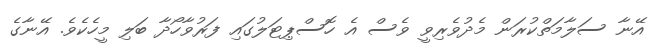
އޭނާ ސަލާމަތްކުރަން މެދުވެރިވީ ވެސް އެ ހޮސްޕިޓަލުގައި ފަރުވާހޯދާ ބަލި މީހެކެވެ. އޭނާގެ